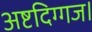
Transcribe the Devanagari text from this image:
अष्टदिग्गज।